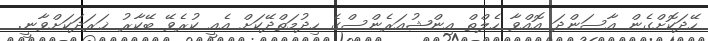
ހޭދަކޮށްގެން އާސަންދަ އޮއްވާ ހެލްތް އިންޝުއަރެންސްގެ ހިދުމަތްދޭކަށް އެއީ ކުރެވޭ ބޭކާރު ޚަރަދަކަށްވާނީ.